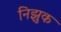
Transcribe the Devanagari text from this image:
निझुक